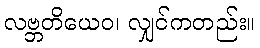
လဗ္ဘတိယေဝ၊ လျှင်ကတည်း။